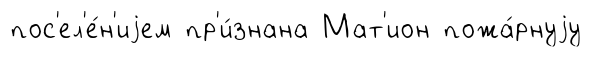
пос'ел'е́н'иjем пр'и́знана Мат'ион пожа́рнуjу